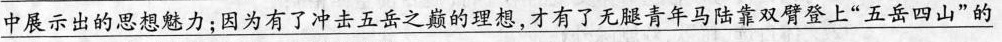
\underline{中展示出的思想魅力；因为有了冲击五岳之巅的理想，才有了无腿青年马陆靠双臂登上”五岳四山”的}